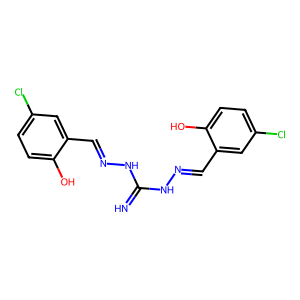
SMILES: N=C(NN=Cc1cc(Cl)ccc1O)NN=Cc1cc(Cl)ccc1O
Inhibits HIV replication: No